Note on the mental hospitals in Burma - 1925-1940
Year: 1925
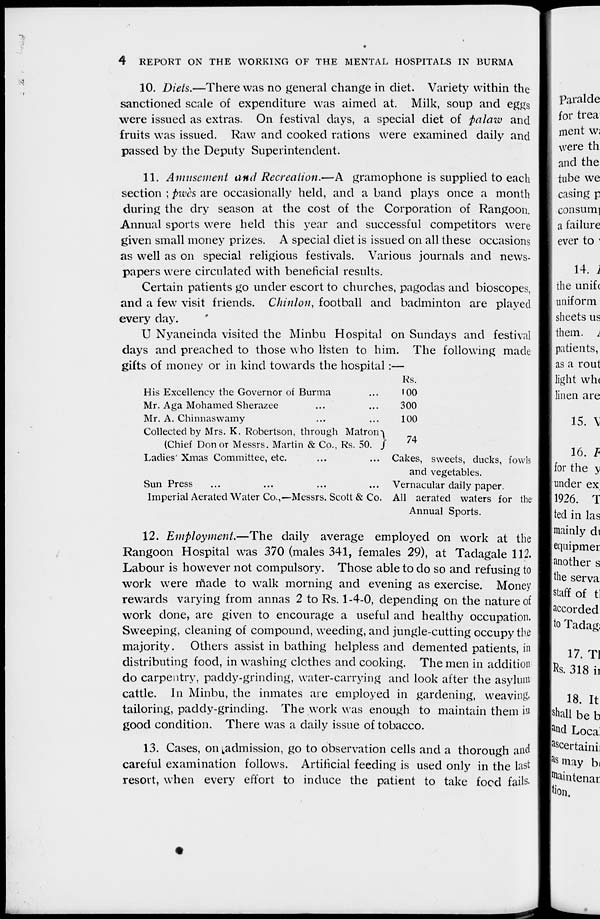
4
REPORT ON THE WORKING OF THE MENTAL HOSPITALS IN BURMA
10. Diets.—There was no general change in diet. Variety within the
sanctioned scale of expenditure was aimed at. Milk, soup and eggs
were issued as extras. On festival days, a special diet of palaw and
fruits was issued. Raw and cooked rations were examined daily and
passed by the Deputy Superintendent.
11. Amusement and Recreation.—A gramophone is supplied to each
section ; pwès are occasionally held, and a band plays once a month
during the dry season at the cost of the Corporation of Rangoon.
Annual sports were held this year and successful competitors were
given small money prizes. A special diet is issued on all these occasions
as well as on special religious festivals. Various journals and news-
papers were circulated with beneficial results.
Certain patients go under escort to churches, pagodas and bioscopes,
and a few visit friends. Chinlon, football and badminton are played
every day.
U Nyaneinda visited the Minbu Hospital on Sundays and festival
days and preached to those who listen to him. The following made
gifts of money or in kind towards the hospital:—
His Excellency the Governor of Burma ...
Mr. Aga Mohamed Sherazee ... ...
Mr. A. Chinnaswamy ... ...
Collected by Mrs. K. Robertson, through Matron
(Chief Don or Messrs. Martin & Co., Rs. 50.
Ladies' Xmas Committee, etc. ... ...
Sun Press ... ... ... ...
Imperial Aerated Water Co.,—Messrs. Scott & Co.
Rs.
100
300
100
74
Cakes, sweets, ducks, fowls
and vegetables.
Vernacular daily paper.
All aerated waters for the
Annual Sports.
12. Employment.—The daily average employed on work at the
Rangoon Hospital was 370 (males 341, females 29), at Tadagale 112.
Labour is however not compulsory. Those able to do so and refusing to
work were made to walk morning and evening as exercise. Money
rewards varying from annas 2 to Rs. 1-4-0, depending on the nature of
work done, are given to encourage a useful and healthy occupation.
Sweeping, cleaning of compound, weeding, and jungle-cutting occupy the
majority. Others assist in bathing helpless and demented patients, in
distributing food, in washing clothes and cooking. The men in addition
do carpentry, paddy-grinding, water-carrying and look after the asylum
cattle. In Minbu, the inmates are employed in gardening, weaving.
tailoring, paddy-grinding. The work was enough to maintain them in
good condition. There was a daily issue of tobacco.
13. Cases, on admission, go to observation cells and a thorough and
careful examination follows. Artificial feeding is used only in the last
resort, when every effort to induce the patient to take food fails.